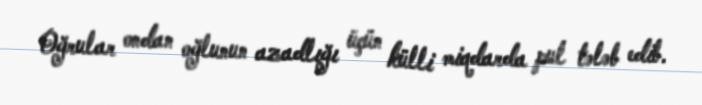
Oğrular ondan oğlunun azadlığı üçün külli miqdarda pul tələb edib.